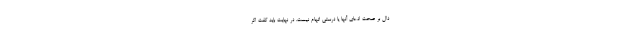
دال بر صحت ادعای آنها یا درستی اتهام نیست. در نهایت باید گفت اگر